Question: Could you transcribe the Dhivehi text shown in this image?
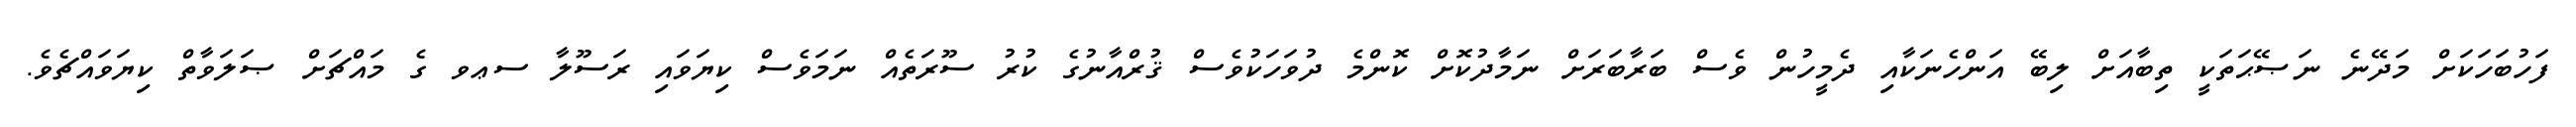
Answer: ފަހުބަހަކަށް މަދޭނެ ނަޞޭޙަތަކީ ތިބާއަށް ލިބޭ އަންހެނަކާއި ދެމީހުން ވެސް ބަރާބަރަށް ނަމާދުކޮށް ކޮންމެ ދުވަހަކުވެސް ޤުރްއާނުގެ ކުރު ސޫރަތެއް ނަމަވެސް ކިޔަވައި ރަސޫލާ ސޢވ ގެ މައްޗަށް ޞަލަވާތް ކިޔަވައްޗެވެ.